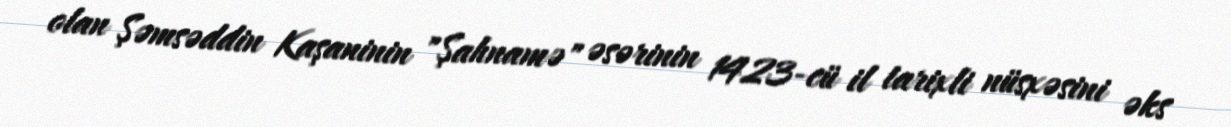
olan Şəmsəddin Kaşaninin "Şahnamə" əsərinin 1423-cü il tarixli nüsxəsini əks